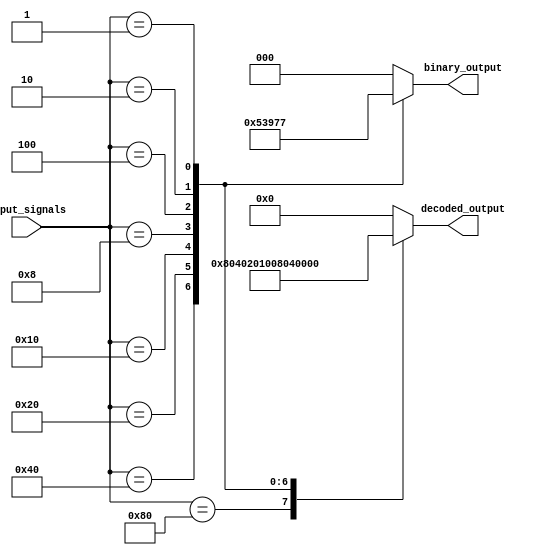
module priority_encoder_decoder(
  input [7:0] input_signals,
  output reg [2:0] binary_output,
  output reg [7:0] decoded_output
);

always @(*) begin
  case(input_signals)
    8'b10000000 : begin // Highest priority
      binary_output <= 3'b000;
      decoded_output <= 8'b10000000;
    end
    8'b01000000 : begin
      binary_output <= 3'b001;
      decoded_output <= 8'b01000000;
    end
    8'b00100000 : begin
      binary_output <= 3'b010;
      decoded_output <= 8'b00100000;
    end
    8'b00010000 : begin
      binary_output <= 3'b011;
      decoded_output <= 8'b00010000;
    end
    8'b00001000 : begin
      binary_output <= 3'b100;
      decoded_output <= 8'b00001000;
    end
    8'b00000100 : begin
      binary_output <= 3'b101;
      decoded_output <= 8'b00000100;
    end
    8'b00000010 : begin
      binary_output <= 3'b110;
      decoded_output <= 8'b00000010;
    end
    8'b00000001 : begin // Lowest priority
      binary_output <= 3'b111;
      decoded_output <= 8'b00000001;
    end
    default : begin
      binary_output <= 3'b000;
      decoded_output <= 8'b00000000;
    end
  endcase
end

endmodule